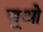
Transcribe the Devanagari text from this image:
चूओ